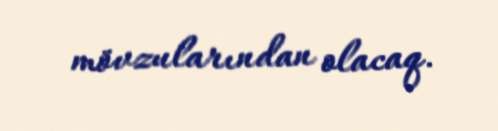
mövzularından olacaq.